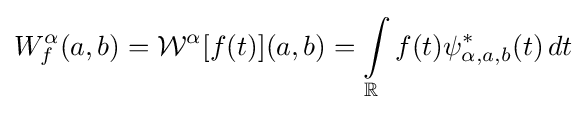
W_{f}^{\alpha }(a,b)={\mathcal {W}}^{\alpha }[f(t)](a,b)=\int \limits _{\mathbb {R} }f(t)\psi _{\alpha ,a,b}^{\ast }(t)\,dt